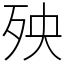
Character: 殃